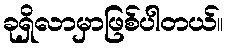
ခုရှိလာမှာဖြစ်ပါတယ်။